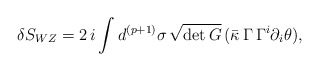
\begin{align*}\delta S_{WZ} = 2 \, i \int d^{(p+1)} \sigma \, \sqrt{\det G} \, (\bar{\kappa}\, \Gamma\,\Gamma^i \partial_i \theta),\end{align*}